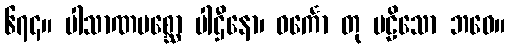
၆၇၄။ ပါသာဏမစ္ဆော ပါဌီနော၊ ဝင်္ကော တု ဗဠိသော ဘဝေ။